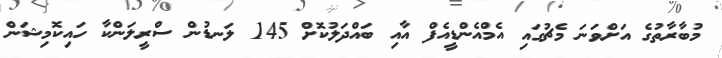
މުބާރާތުގެ އަށްވަނަ މެޗުގައި އެމްއެންޑީއެފް އާއި ބައްދަލުކޮށް 145 ލަނޑުން ސްރީލަންކާ ހައިކޮމިޝަން